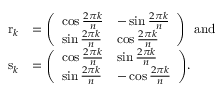
{ \begin{array} { r l } { \mathrm { r } _ { k } } & { = { \left( \begin{array} { l l } { \cos { \frac { 2 \pi k } { n } } } & { - \sin { \frac { 2 \pi k } { n } } } \\ { \sin { \frac { 2 \pi k } { n } } } & { \cos { \frac { 2 \pi k } { n } } } \end{array} \right) } \ \ { \mathrm { a n d } } } \\ { \mathrm { s } _ { k } } & { = { \left( \begin{array} { l l } { \cos { \frac { 2 \pi k } { n } } } & { \sin { \frac { 2 \pi k } { n } } } \\ { \sin { \frac { 2 \pi k } { n } } } & { - \cos { \frac { 2 \pi k } { n } } } \end{array} \right) } . } \end{array} }